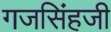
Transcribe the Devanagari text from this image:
गजसिंहजी